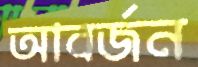
আবর্জন